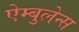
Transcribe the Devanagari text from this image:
ऐम्बुलेन्स